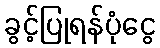
ခွင့်ပြုရန်ပုံငွေ